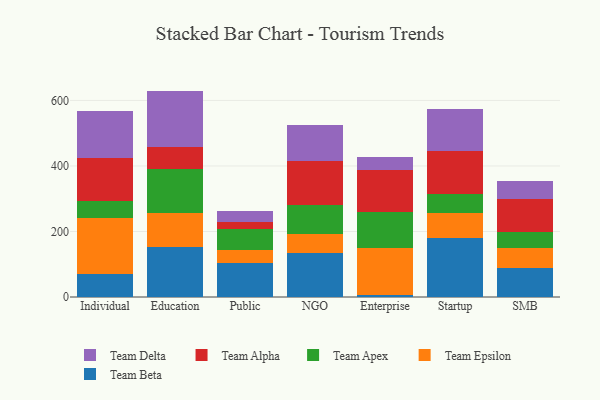
{"axis": {"x": "Segment", "y": "Shipments"}, "legend": ["Team Alpha", "Team Apex", "Team Beta", "Team Delta", "Team Epsilon"], "data": [{"x": "Individual", "y": 68.8, "type": "Team Beta"}, {"x": "Individual", "y": 172.0, "type": "Team Epsilon"}, {"x": "Individual", "y": 52.6, "type": "Team Apex"}, {"x": "Individual", "y": 130.4, "type": "Team Alpha"}, {"x": "Individual", "y": 144.0, "type": "Team Delta"}, {"x": "Education", "y": 152.7, "type": "Team Beta"}, {"x": "Education", "y": 104.1, "type": "Team Epsilon"}, {"x": "Education", "y": 132.5, "type": "Team Apex"}, {"x": "Education", "y": 67.4, "type": "Team Alpha"}, {"x": "Education", "y": 172.6, "type": "Team Delta"}, {"x": "Public", "y": 103.9, "type": "Team Beta"}, {"x": "Public", "y": 39.7, "type": "Team Epsilon"}, {"x": "Public", "y": 63.2, "type": "Team Apex"}, {"x": "Public", "y": 23.0, "type": "Team Alpha"}, {"x": "Public", "y": 32.9, "type": "Team Delta"}, {"x": "NGO", "y": 134.6, "type": "Team Beta"}, {"x": "NGO", "y": 57.4, "type": "Team Epsilon"}, {"x": "NGO", "y": 87.8, "type": "Team Apex"}, {"x": "NGO", "y": 133.9, "type": "Team Alpha"}, {"x": "NGO", "y": 112.7, "type": "Team Delta"}, {"x": "Enterprise", "y": 5.9, "type": "Team Beta"}, {"x": "Enterprise", "y": 144.6, "type": "Team Epsilon"}, {"x": "Enterprise", "y": 109.9, "type": "Team Apex"}, {"x": "Enterprise", "y": 128.1, "type": "Team Alpha"}, {"x": "Enterprise", "y": 38.4, "type": "Team Delta"}, {"x": "Startup", "y": 179.7, "type": "Team Beta"}, {"x": "Startup", "y": 77.0, "type": "Team Epsilon"}, {"x": "Startup", "y": 56.3, "type": "Team Apex"}, {"x": "Startup", "y": 131.7, "type": "Team Alpha"}, {"x": "Startup", "y": 128.3, "type": "Team Delta"}, {"x": "SMB", "y": 89.9, "type": "Team Beta"}, {"x": "SMB", "y": 58.5, "type": "Team Epsilon"}, {"x": "SMB", "y": 48.8, "type": "Team Apex"}, {"x": "SMB", "y": 101.4, "type": "Team Alpha"}, {"x": "SMB", "y": 54.1, "type": "Team Delta"}]}